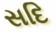
સદિ